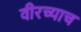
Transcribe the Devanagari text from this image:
वीरच्याच